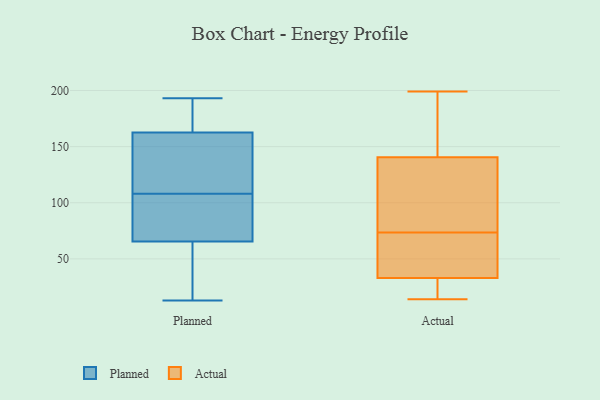
{"axis": {"x": "Conversion Rate (%)", "y": "Value"}, "legend": ["Actual", "Planned"], "data": [{"x": "", "y": 193, "type": "Planned"}, {"x": "", "y": 192, "type": "Planned"}, {"x": "", "y": 34, "type": "Planned"}, {"x": "", "y": 129, "type": "Planned"}, {"x": "", "y": 81, "type": "Planned"}, {"x": "", "y": 69, "type": "Planned"}, {"x": "", "y": 66, "type": "Planned"}, {"x": "", "y": 127, "type": "Planned"}, {"x": "", "y": 13, "type": "Planned"}, {"x": "", "y": 162, "type": "Planned"}, {"x": "", "y": 178, "type": "Planned"}, {"x": "", "y": 108, "type": "Planned"}, {"x": "", "y": 64, "type": "Planned"}, {"x": "", "y": 72, "type": "Planned"}, {"x": "", "y": 150, "type": "Planned"}, {"x": "", "y": 164, "type": "Planned"}, {"x": "", "y": 37, "type": "Planned"}, {"x": "", "y": 174, "type": "Actual"}, {"x": "", "y": 104, "type": "Actual"}, {"x": "", "y": 58, "type": "Actual"}, {"x": "", "y": 32, "type": "Actual"}, {"x": "", "y": 20, "type": "Actual"}, {"x": "", "y": 87, "type": "Actual"}, {"x": "", "y": 153, "type": "Actual"}, {"x": "", "y": 128, "type": "Actual"}, {"x": "", "y": 60, "type": "Actual"}, {"x": "", "y": 47, "type": "Actual"}, {"x": "", "y": 39, "type": "Actual"}, {"x": "", "y": 186, "type": "Actual"}, {"x": "", "y": 34, "type": "Actual"}, {"x": "", "y": 22, "type": "Actual"}, {"x": "", "y": 199, "type": "Actual"}, {"x": "", "y": 107, "type": "Actual"}, {"x": "", "y": 125, "type": "Actual"}, {"x": "", "y": 196, "type": "Actual"}, {"x": "", "y": 28, "type": "Actual"}, {"x": "", "y": 14, "type": "Actual"}]}